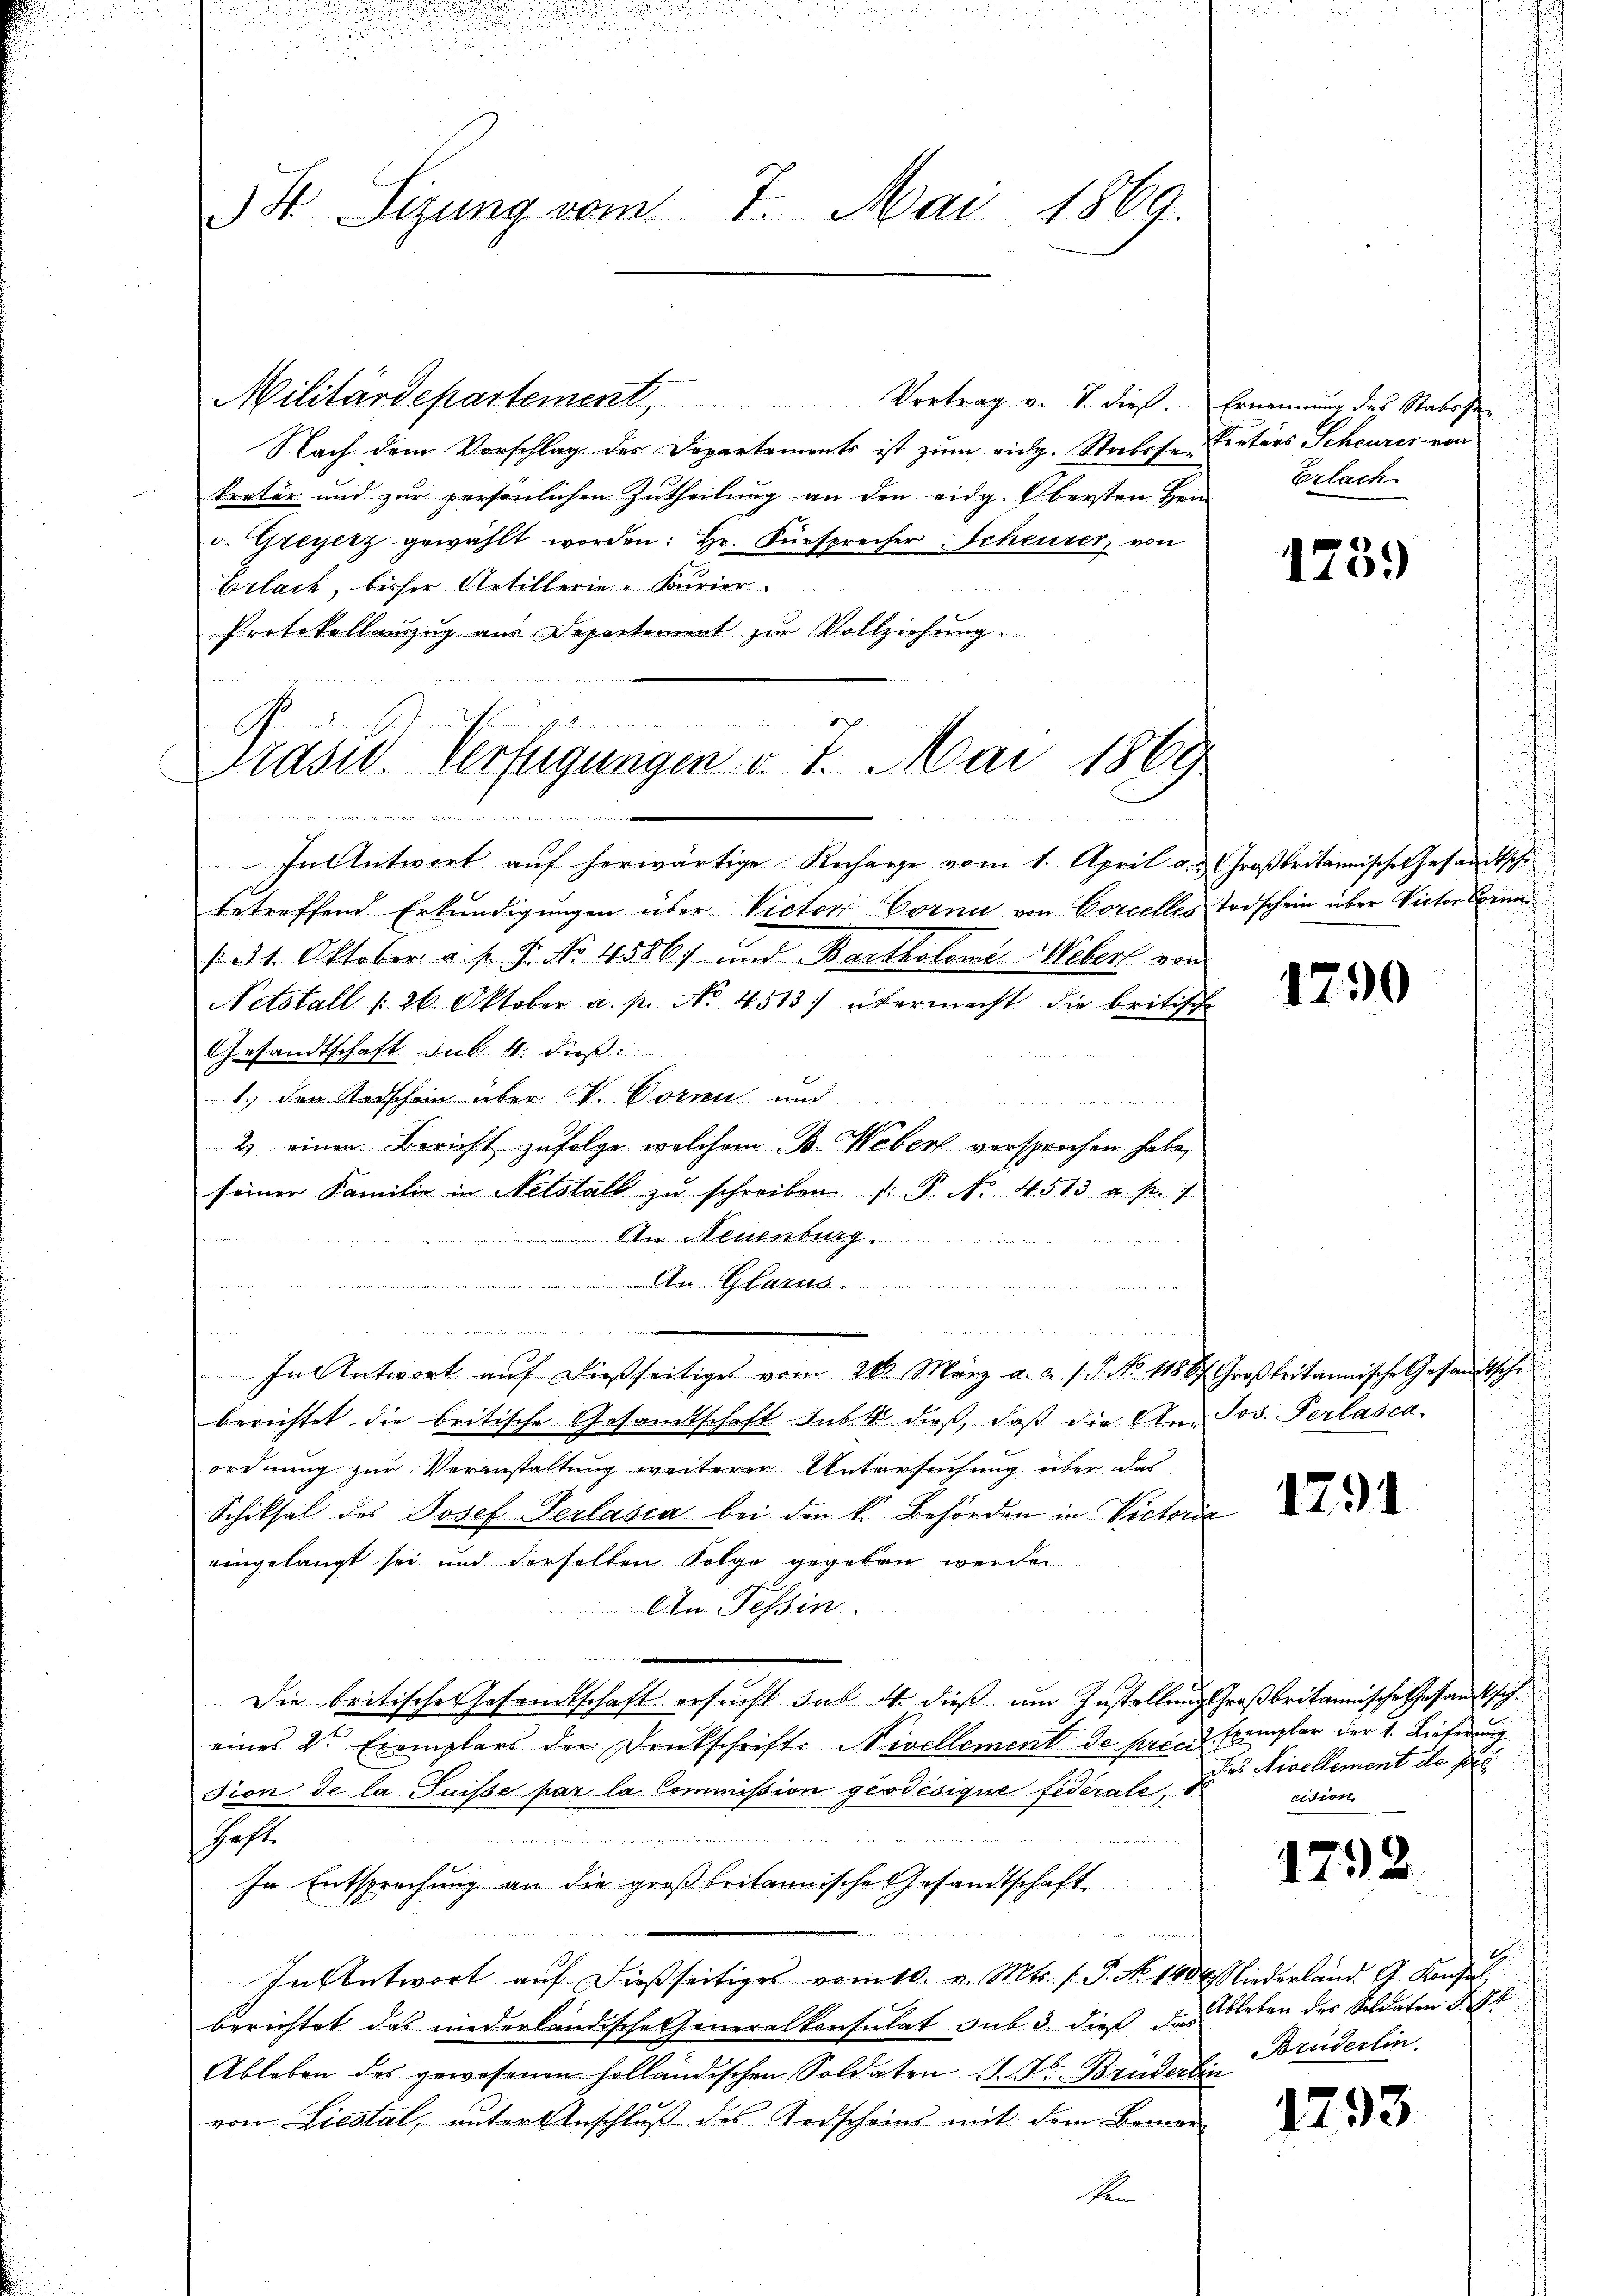
54. Sigung vom 7. Mai 1869.

Militärdepartement Vortrag v. J. dieß. Ernennung des Stabeste
Nach dem Vorschlag des Departements ist zum eidg. Stabsse Pretärs Scheurer von
kretär und zur persönlichen Zutheilung an den eidg. Obersten Hein
c. Greyerz gewählt worden: hr. Fürsprecher Scheurer, von
Erlach, bisher Artillerie-Kurier.
Protokollauszug aus Departement zur Vollziehung.

Prasw. Verfügungen v. 7. Mai 1869
inen und und

In Antwort auf herwärtige Rechanze vom 1. April a. Großbritannische Gesandtsche
betreffend Erkundigungen über Victori Corni von Corcelles Todschein über Victor Berna
s. 1. Oktober a. p. P. No. 4586) und Bartholomi, Webers von
Netstall § 26. Oktober a. p. No. 4513) übermacht die britische
Gesandtschaft sub. 4. dieß:
1.) den Todschein über VV. Vorren un
2 einen Bericht zufolge, welchem B. Webers versprechen habe,
seiner Familie in Netshalb zu schreiben (: P. Nr. 4513 u. fr. 1
An Neuenburg
 A. Glarus

In Antwort aŭf dießseitiges vom 26. März a. a. s. S. No. 11867 Großbritannische Gesandtschi
berichtet die britische Gesandtschaft sub. 4. dieß, daß die An- Jos. Perlasca
ordnung zur Veranstaltung weiterer Untersuchung über das
Schiksal des Josef-Verlassa bei den k. Behörden in Victorie
eingelangt sei und derselben Folge gegeben werden
An Tessin.
Die britische Gesandtschaft ersucht hab es dieß um Zustellung Großbritannische Gesandtscheines Dr. Exemplars der Denkschrift. Nivellement de préci Exemplar der 1. Liefer
sion de la Suisse par la Commission gesodésique fidérale, 1.
Geste
In Entsprechung an die großbritannische Gesandtschaft
2.
Insentwort auf dießseitiges vom 10. v. Mts. s. S. No 140. Niederland. G. Konsul,
berichtet das niederländische Generalkonsulat sub. 3. dieß das leben des Soldaten d.
Ableben des gewesenen holländischen Soldaten J. Dr Brüderlin
von Liestal, unter Anschluß des Todscheins mit dem Bemerschen

Erlach.

1739

1790

1291

Das Nivellement de pr
cision

1792.

Brüderlin.

1293